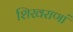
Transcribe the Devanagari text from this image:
शिखराणां